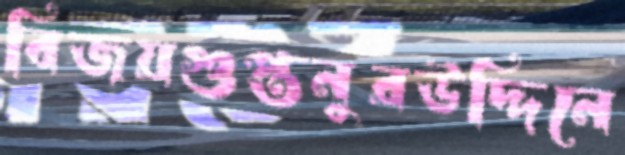
বিজয়গুপ্তনুরউদ্দিনে